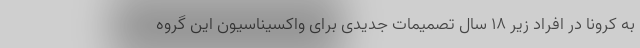
به کرونا در افراد زیر ۱۸ سال تصمیمات جدیدی برای واکسیناسیون این گروه